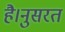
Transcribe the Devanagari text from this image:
है।नुसरत